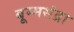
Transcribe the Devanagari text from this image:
बूम्मसंद्रा